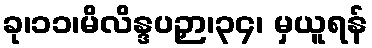
ခု၊၁၁၊မိလိန္ဒပဉှာ၊၃၄၊ မှယူရန်